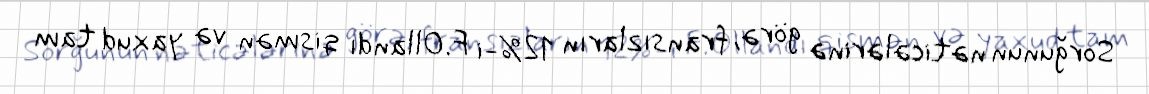
Sorğunun nəticələrinə görə, fransızların 12%-i F.Ollandı qismən və yaxud tam